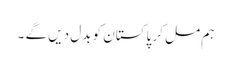
ہم مل کر پاکستان کو بدل دیں گے ۔